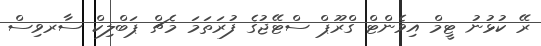
ރޭ ކުޅުނު ޓީމް އިވެންޓް ގްރޫޕް ސްޓޭޖުގެ ފުރަތަމަ މެޗް ޕަބްލިކް ސާރވިސް